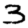
Digit: 3